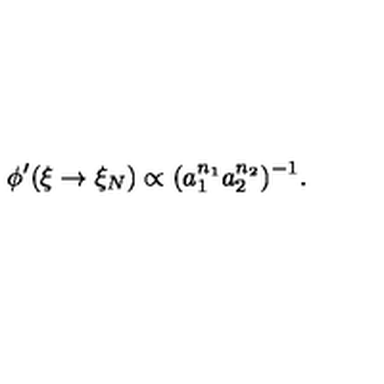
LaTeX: \phi ^ { \prime } ( \xi \rightarrow \xi _ { N } ) \propto ( a _ { 1 } ^ { n _ { 1 } } a _ { 2 } ^ { n _ { 2 } } ) ^ { - 1 } .